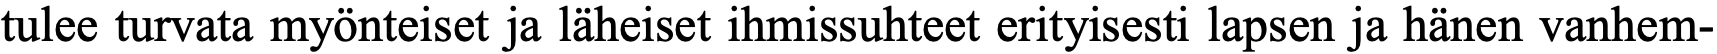
tulee turvata myönteiset ja läheiset ihmissuhteet erityisesti lapsen ja hänen vanhem-